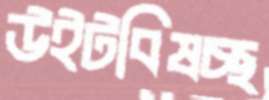
উইটবিষচ্ছ